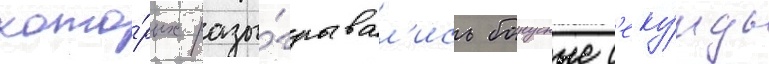
кото́рых разы́грывал'ись бонусные с'еку́нды